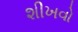
શીખવો